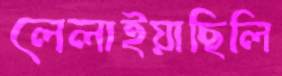
লেলাইয়াছিলি